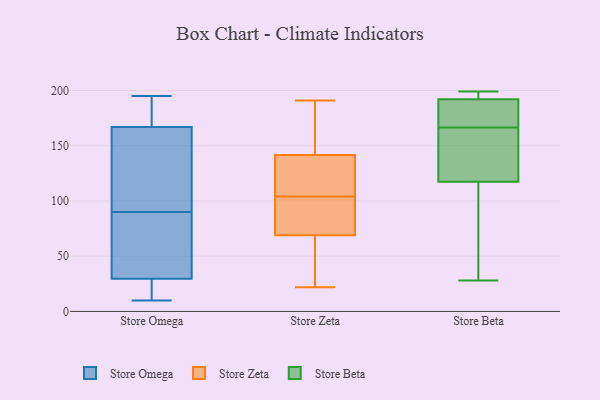
{"axis": {"x": "Headcount", "y": "Value"}, "legend": ["Store Beta", "Store Omega", "Store Zeta"], "data": [{"x": "", "y": 28, "type": "Store Omega"}, {"x": "", "y": 39, "type": "Store Omega"}, {"x": "", "y": 165, "type": "Store Omega"}, {"x": "", "y": 158, "type": "Store Omega"}, {"x": "", "y": 195, "type": "Store Omega"}, {"x": "", "y": 82, "type": "Store Omega"}, {"x": "", "y": 193, "type": "Store Omega"}, {"x": "", "y": 23, "type": "Store Omega"}, {"x": "", "y": 123, "type": "Store Omega"}, {"x": "", "y": 90, "type": "Store Omega"}, {"x": "", "y": 173, "type": "Store Omega"}, {"x": "", "y": 30, "type": "Store Omega"}, {"x": "", "y": 10, "type": "Store Omega"}, {"x": "", "y": 191, "type": "Store Zeta"}, {"x": "", "y": 42, "type": "Store Zeta"}, {"x": "", "y": 187, "type": "Store Zeta"}, {"x": "", "y": 91, "type": "Store Zeta"}, {"x": "", "y": 54, "type": "Store Zeta"}, {"x": "", "y": 104, "type": "Store Zeta"}, {"x": "", "y": 137, "type": "Store Zeta"}, {"x": "", "y": 65, "type": "Store Zeta"}, {"x": "", "y": 104, "type": "Store Zeta"}, {"x": "", "y": 143, "type": "Store Zeta"}, {"x": "", "y": 185, "type": "Store Zeta"}, {"x": "", "y": 81, "type": "Store Zeta"}, {"x": "", "y": 133, "type": "Store Zeta"}, {"x": "", "y": 22, "type": "Store Zeta"}, {"x": "", "y": 85, "type": "Store Zeta"}, {"x": "", "y": 195, "type": "Store Beta"}, {"x": "", "y": 171, "type": "Store Beta"}, {"x": "", "y": 152, "type": "Store Beta"}, {"x": "", "y": 198, "type": "Store Beta"}, {"x": "", "y": 28, "type": "Store Beta"}, {"x": "", "y": 166, "type": "Store Beta"}, {"x": "", "y": 59, "type": "Store Beta"}, {"x": "", "y": 189, "type": "Store Beta"}, {"x": "", "y": 83, "type": "Store Beta"}, {"x": "", "y": 153, "type": "Store Beta"}, {"x": "", "y": 167, "type": "Store Beta"}, {"x": "", "y": 199, "type": "Store Beta"}]}